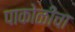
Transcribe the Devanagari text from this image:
पाकोळीचा